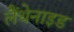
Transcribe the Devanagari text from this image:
लैंथेनाइड